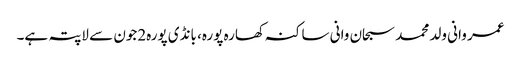
عمر وانی ولد محمد سبحان وانی ساکنہ کھارہ پورہ، بانڈی پورہ2جون سے لاپتہ ہے۔